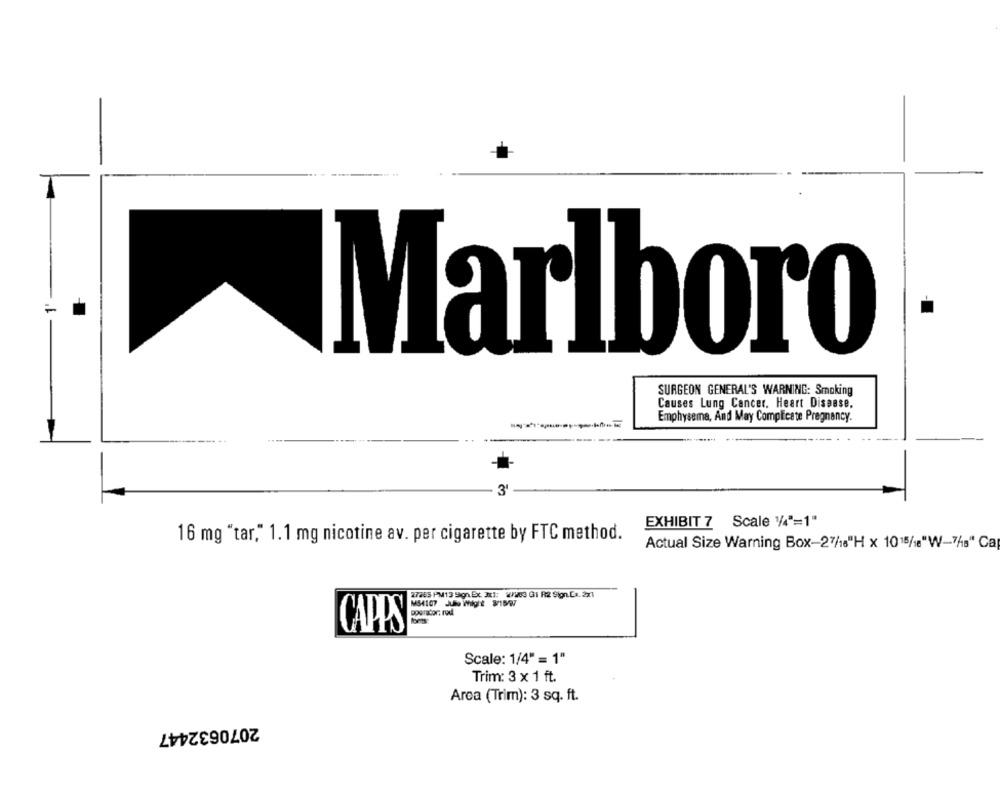
Marlboro
SURGEON GENERAL'S WARNING: Smoking
Causes Lung Cancer. Heart Disease.
Emphysema, And May Complicate Pregnancy.
3'
EXHIBIT 7 Scale '/4"=1"
16 mg "tar," 1.1 mg nicotine av. per cigarette by FTC method.
Actual Size Warning Box-27/18"H x 10 15/18"W-7/8" Ca
27265 PM13 9gn.Ex. 311: W/263 GI R2 Sion.Cx. 2x1
CAPPS
Scale: 1/4" = 1"
Trim: 3 x 1 ft.
Arca (Trim): 3 sq. ft.
2070632447